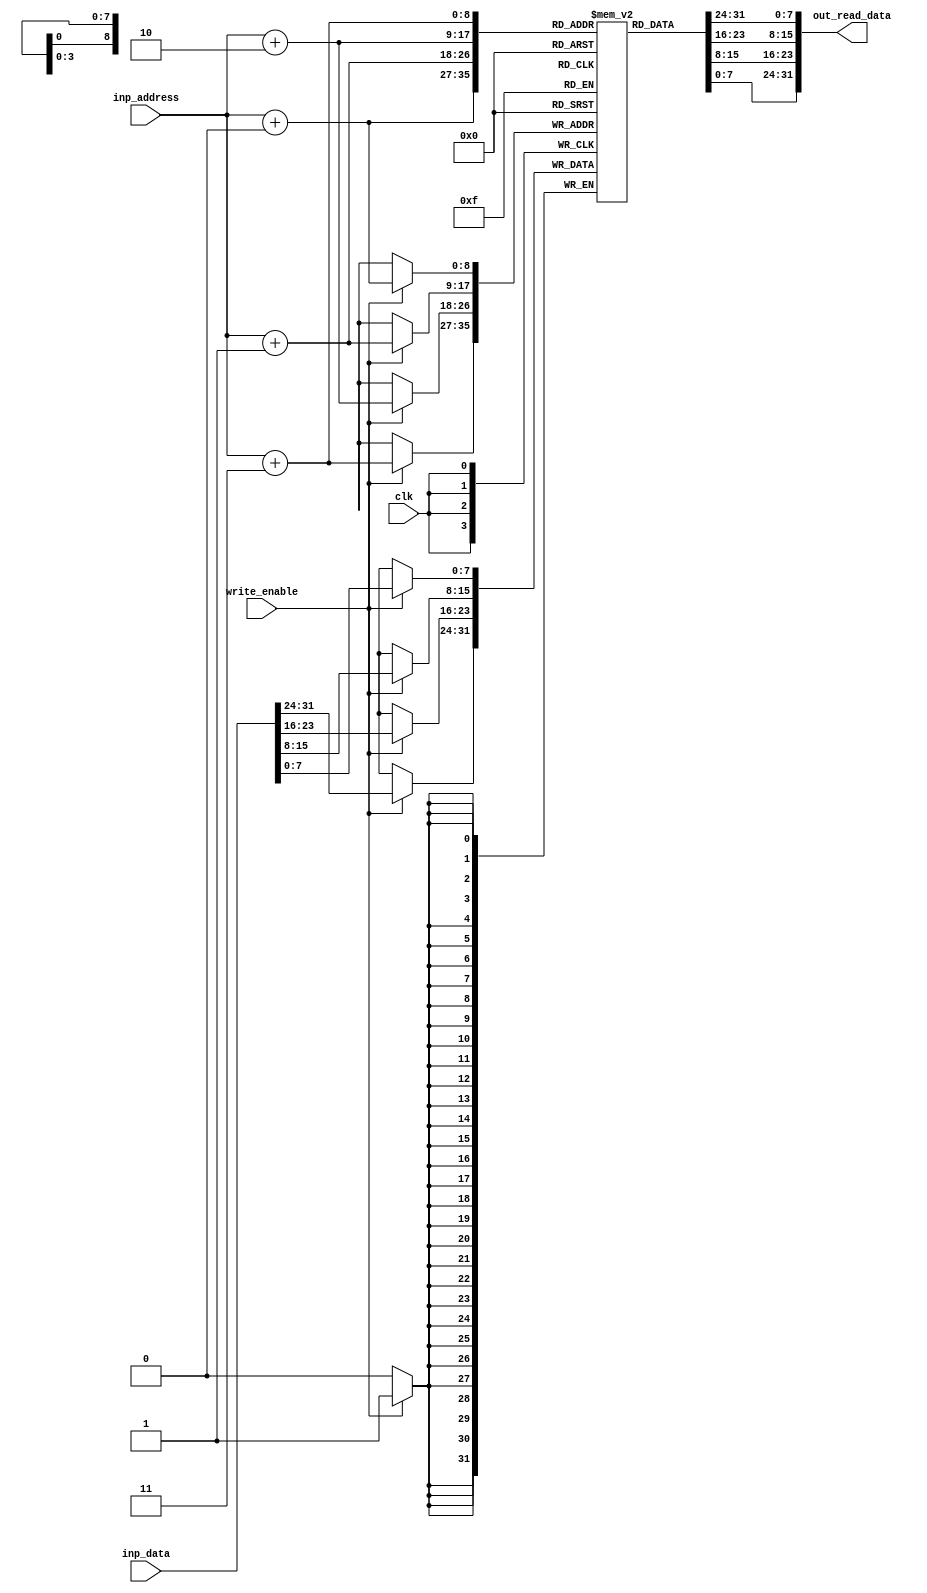
module data_memory #(parameter byte_W = 4, Addr_W = 8)
	(
		input clk, 
		input [Addr_W-1:0] inp_address, 
		input [8*byte_W-1:0] inp_data,
		input write_enable, 
		output reg [8*byte_W-1:0] out_read_data
	);

	reg [7:0] memory_arr [300:0]; // little endian 2^32-1 is the array size 
	reg [4:0] i;
	
	initial 
		begin
			i = 0;
			memory_arr[0] = 8'h07;
			memory_arr[1] = 8'h00;
			memory_arr[2] = 8'h00;
			memory_arr[3] = 8'h00;

			memory_arr[4] = 8'hFF;
			memory_arr[5] = 8'hFF;
			memory_arr[6] = 8'h00;
			memory_arr[7] = 8'h00;

			memory_arr[8] = 8'h01;
			memory_arr[9] = 8'h00;
			memory_arr[10] = 8'h00;
			memory_arr[11] = 8'h00;

			memory_arr[12] = 8'h10;
			memory_arr[13] = 8'h00;
			memory_arr[14] = 8'h00;
			memory_arr[15] = 8'h00;

			memory_arr[16] = 8'h04;
			memory_arr[17] = 8'h00;
			memory_arr[18] = 8'h00;
			memory_arr[19] = 8'h00;

			// Array Length
			memory_arr[20] = 8'h03;
			memory_arr[21] = 8'h00;
			memory_arr[22] = 8'h00;
			memory_arr[23] = 8'h00;

			// ARRAY VALUES
			memory_arr[24] = 8'h05;
			memory_arr[25] = 8'h00;
			memory_arr[26] = 8'h00;
			memory_arr[27] = 8'h00;

			memory_arr[28] = 8'h07;
			memory_arr[29] = 8'h00;
			memory_arr[30] = 8'h00;
			memory_arr[31] = 8'h00;

			memory_arr[32] = 8'h09;
			memory_arr[33] = 8'h00;
			memory_arr[34] = 8'h00;
			memory_arr[35] = 8'h00;





		end

	always @(posedge clk) // Sequential Logic
		begin
			if (write_enable)
				begin
					for (i = 0; i < byte_W; i = i+1)
						begin
							memory_arr[inp_address+i] = inp_data[i*8 +: 8];
						end
				end
		end
	
	
	always @(*) // Combinational Logic
		begin
			for (i = 0; i < byte_W; i = i+1)
				begin
					out_read_data[i*8 +: 8] = memory_arr[inp_address+i];
				end
		end
		
endmodule